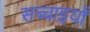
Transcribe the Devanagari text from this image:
सच्चाइयाँ